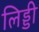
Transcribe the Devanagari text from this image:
लिड्डी